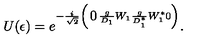
U ( \epsilon ) = e ^ { - { \frac { i } { \sqrt { 2 } } \left( \begin{matrix} { 0 } & { \frac { g } { D _ { 1 } } W _ { 1 } } \\ { \frac { g } { D _ { 1 } ^ { * } } W _ { 1 } ^ { * } } & { 0 } \\ \end{matrix} \right) } } .